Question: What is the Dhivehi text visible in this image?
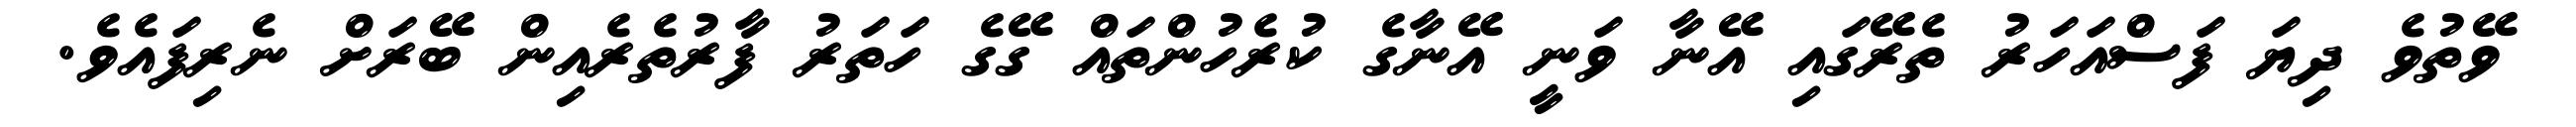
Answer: ވޭތުވެ ދިޔަ ފަސްއަހަރު ތެރޭގައި އޭނާ ވަނީ އޭނާގެ ކުރެހުންތައް ގޭގެ ހަތަރު ފާރުތެރެއިން ބޭރަށް ނެރިފައެވެ.